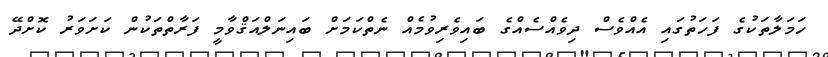
ހަމަލާތަކުގެ ފަހަތުގައި އެއްވެސް ދިވެއްސެއްގެ ބައިވެރިވުމެއް ނެތްކަމަށް ބައިނަލްއަޤްވާމީ ފަރާތްތަކުން ކަށަވަރު ކޮށްދޭ